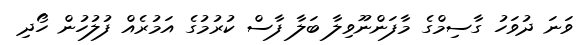
ވަނަ ދުވަހު ގާސިމްގެ މާފަންނޫވިލާ ބަލާ ފާސް ކުރުމުގެ އަމުރެއް ފުލުހުން ހޯދި